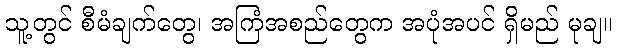
သူ့တွင် စီမံချက်တွေ၊ အကြံအစည်တွေက အပုံအပင် ရှိမည် မုချ။